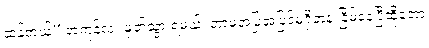
ဆန့်တယ်” အကုန်လုံး မှတ်သွားရမယ်၊ ဘာမှအပြုအပြင်မရှိဘဲနဲ့ ငြိမ်နေပြီဆိုတော့